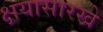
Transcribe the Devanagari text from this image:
क्षयासारखे